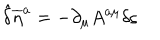
{ \hat { \delta } } { { \overline { { { \eta } } } } ^ { a } } = - \partial _ { \mu } A ^ { a \mu } \delta \varsigma